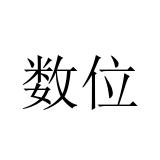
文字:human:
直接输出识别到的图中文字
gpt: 数位